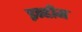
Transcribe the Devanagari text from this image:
इन्हीम